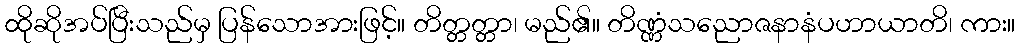
ထိုဆိုအပ်ပြီးသည်မှ ပြန်သောအားဖြင့်။ တိတ္တတ္တာ၊ မည်၏။ တိဏ္ဏံသညောဇနာနံပဟာယာတိ၊ ကား။